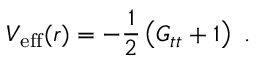
V _ { \mathrm { e f f } } ( r ) = - \frac { 1 } { 2 } \left( G _ { t t } + 1 \right) \ .